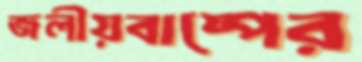
জলীয়বাষ্পের